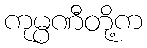
ကုမ္ပဏီတို့က